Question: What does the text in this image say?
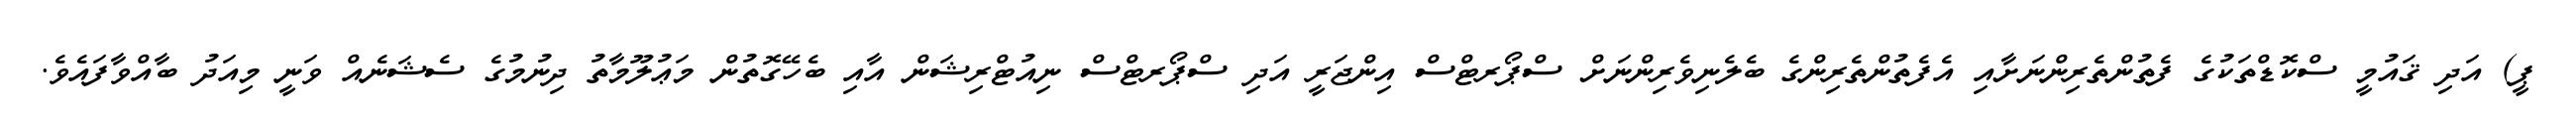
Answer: ޕީ) އަދި ޤައުމީ ސްކޮޑްތަކުގެ ފެތުންތެރިންނަށާއި އެފެތުންތެރިންގެ ބެލެނިވެރިންނަށް ސްޕޯރޓްސް އިންޖަރީ އަދި ސްޕޯރޓްސް ނިއުޓްރިޝަން އާއި ބެހޭގޮތުން މަޢުލޫމާތު ދިނުމުގެ ސެޝަނެއް ވަނީ މިއަދު ބާއްވާފައެވެ.